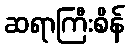
ဆရာကြီးစိန်